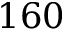
1 6 0